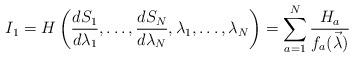
LaTeX: \begin{align*}I_1=H\left(\frac{dS_1}{d\lambda_1},\dots,\frac{dS_N}{d\lambda_N},\lambda_1,\dots,\lambda_N\right)=\sum_{a=1}^N\frac{H_a}{f_a(\vec{\lambda})} \end{align*}